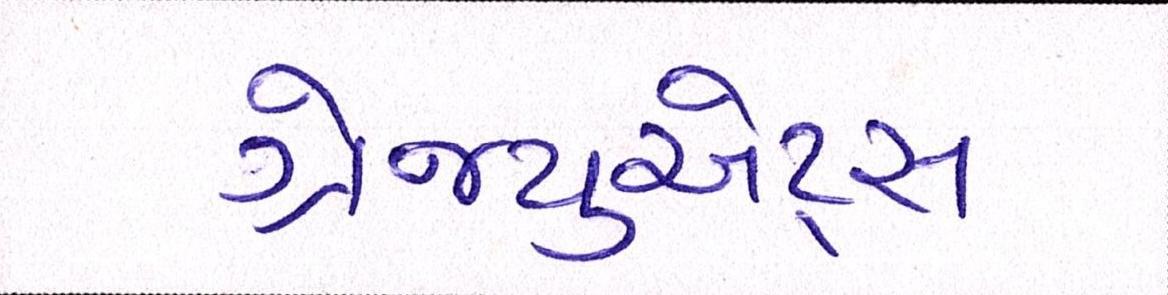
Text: ગ્રેજ્યુએટ્સ